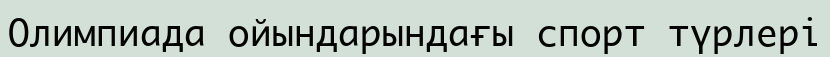
Олимпиада ойындарындағы спорт түрлері